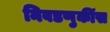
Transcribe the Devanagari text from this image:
निवडणुकींस